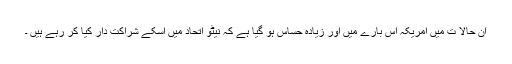
ان حالا ت میں امریکہ اس بارے میں اور زیادہ حساس ہو گیا ہے کہ نیٹو اتحاد میں اسکے شراکت دار کیا کر رہے ہیں ۔